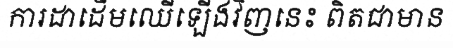
ការដាដើមឈើឡើងវិញនេះ ពិតជាមាន